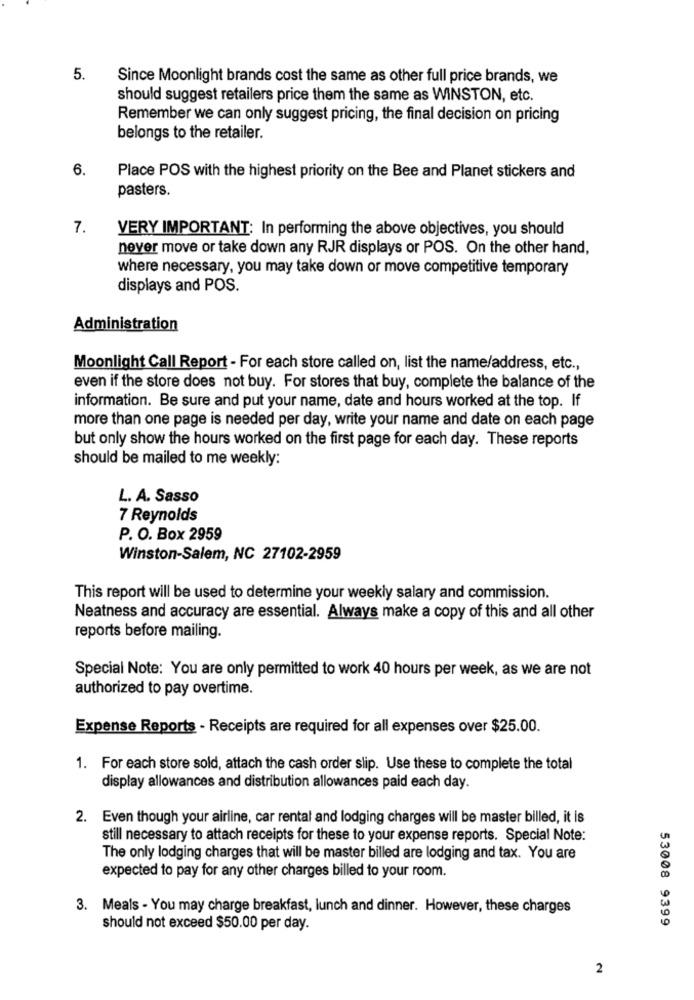
5.
Since Moonlight brands cost the same as other full price brands, we
should suggest retailers price them the same as WINSTON, etc.
Remember we can only suggest pricing, the final decision on pricing
belongs to the retailer.
6.
Place POS with the highest priority on the Bee and Planet stickers and
pasters.
7.
VERY IMPORTANT; In performing the above objectives, you should
never move or take down any RJR displays or POS. On the other hand,
where necessary, you may take down or move competitive temporary
displays and POS.
Administration
Moonlight Call Report - For each store called on, list the name/address, etc .,
even if the store does not buy. For stores that buy, complete the balance of the
information. Be sure and put your name, date and hours worked at the top. If
more than one page is needed per day, write your name and date on each page
but only show the hours worked on the first page for each day. These reports
should be mailed to me weekly:
L. A. Sasso
7 Reynolds
P. O. Box 2959
Winston-Salem, NC 27102-2959
This report will be used to determine your weekly salary and commission.
Neatness and accuracy are essential. Always make a copy of this and all other
reports before mailing.
Special Note: You are only permitted to work 40 hours per week, as we are not
authorized to pay overtime.
Expense Reports - Receipts are required for all expenses over $25.00.
1. For each store sold, attach the cash order slip. Use these to complete the total
display allowances and distribution allowances paid each day.
2. Even though your airline, car rental and lodging charges will be master billed, it is
still necessary to attach receipts for these to your expense reports. Special Note:
The only lodging charges that will be master billed are lodging and tax. You are
expected to pay for any other charges billed to your room.
3. Meals - You may charge breakfast, lunch and dinner. However, these charges
53008 9399
should not exceed $50.00 per day.
2